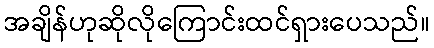
အချိန်ဟုဆိုလိုကြောင်းထင်ရှားပေသည်။